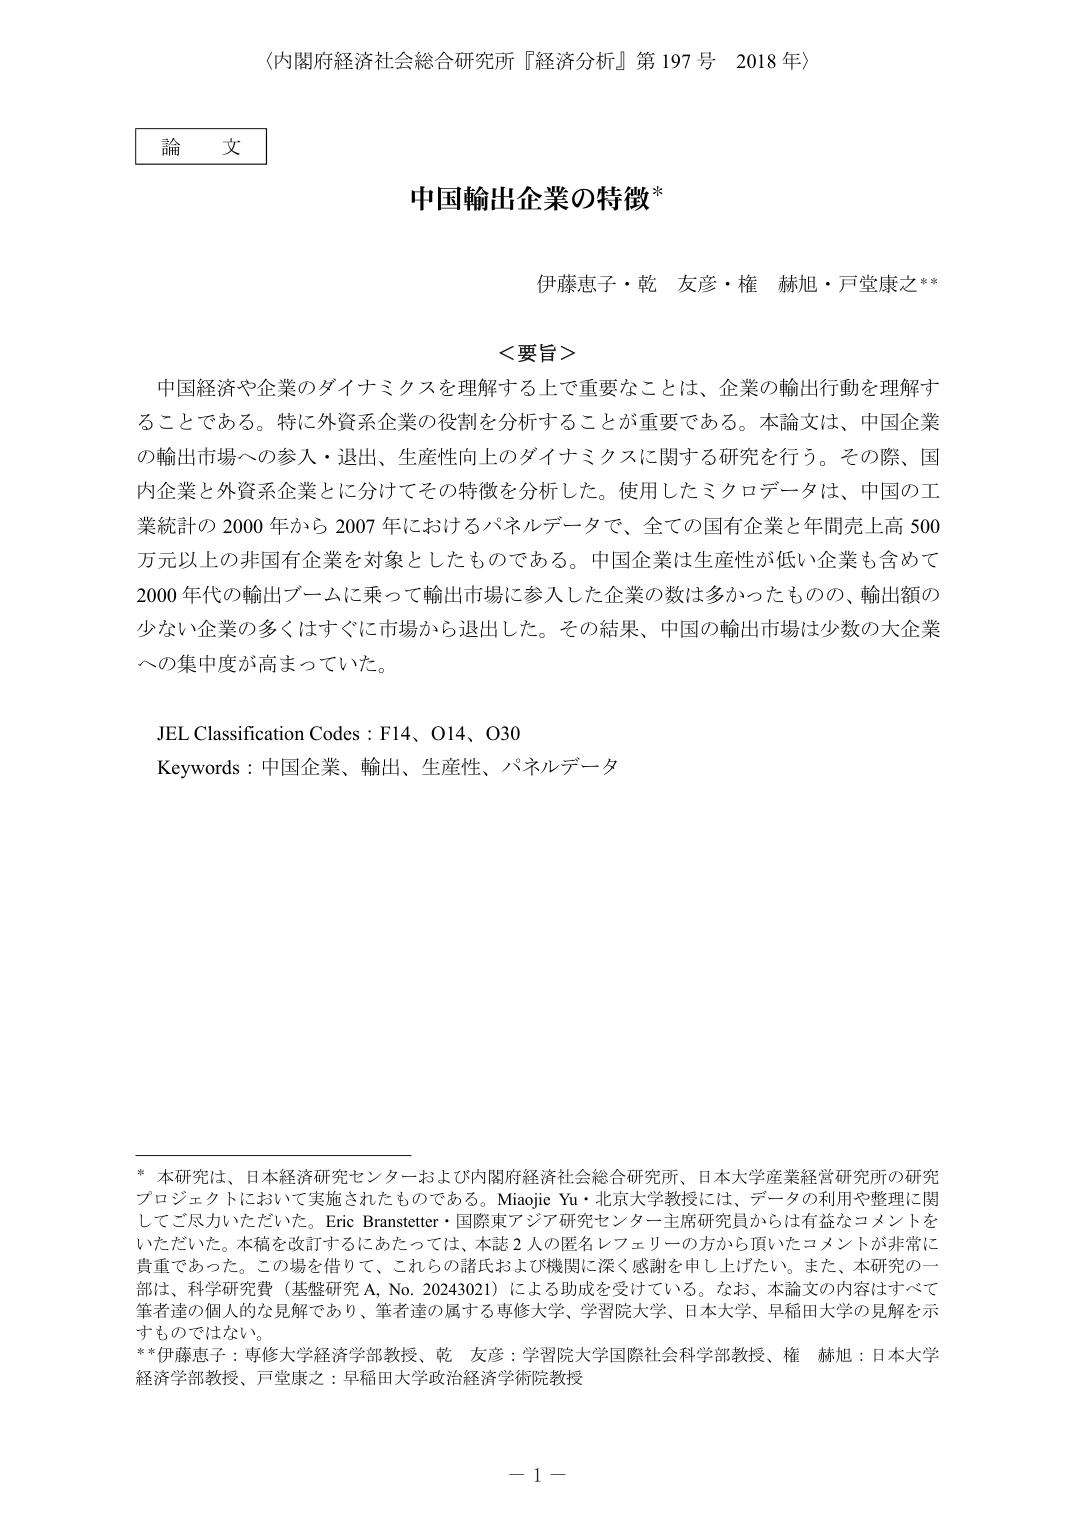
〈内閣府経済社会総合研究所『経済分析』第197号 2018年〉

論文

中国輸出企業の特徴*

伊藤恵子・乾 友彦・権 赫旭・戸堂康之**

＜要旨＞
中国経済や企業のダイナミクスを理解する上で重要なことは、企業の輸出行動を理解することである。特に外資系企業の役割を分析することが重要である。本論文は、中国企業の輸出市場への参入・退出、生産性向上のダイナミクスに関する研究を行う。その際、国内企業と外資系企業とに分けてその特徴を分析した。使用したミクロデータは、中国の工業統計の2000年から2007年におけるパネルデータで、全ての国有企業と年間売上高500万元以上の非国有企業を対象としたものである。中国企業は生産性が低い企業も含めて2000年代の輸出ブームに乗って輸出市場に参入した企業の数は多かったものの、輸出額の少ない企業の多くはすぐに市場から退出した。その結果、中国の輸出市場は少数の大企業への集中度が高まっていた。

JEL Classification Codes : F14、O14、O30
Keywords : 中国企业、輸出、生産性、パネルデータ

* 本研究は、日本経済研究センターおよび内閣府経済社会総合研究所、日本大学産業経営研究所の研究プロジェクトにおいて実施されたものである。Miaojie Yu・北京大学教授には、データの利用や整理に関してご尽力いただいた。Eric Branstetter・国際東アジア研究センター主席研究員からは有益なコメントをいただいた。本稿を改訂するにあたっては、本誌2人の匿名レフェリーの方から頂いたコメントが非常に貴重であった。この場を借りて、これらの諸氏および機関に深く感謝を申し上げたい。また、本研究の一部は、科学研究費（基盤研究A, No. 20243021）による助成を受けている。なお、本論文の内容はすべて筆者達の個人的な見解であり、筆者達の属する専修大学、学習院大学、日本大学、早稲田大学の見解を示すものではない。

**伊藤恵子：専修大学経済学部教授、乾 友彦：学習院大学国際社会科学部教授、権 赫旭：日本大学経済学部教授、戸堂康之：早稲田大学政治経済学術院教授

－1－